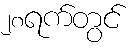
၂၈ရက်တွင်